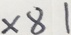
\times 8 1